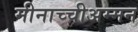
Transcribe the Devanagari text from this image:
मीनाच्चीअम्मन